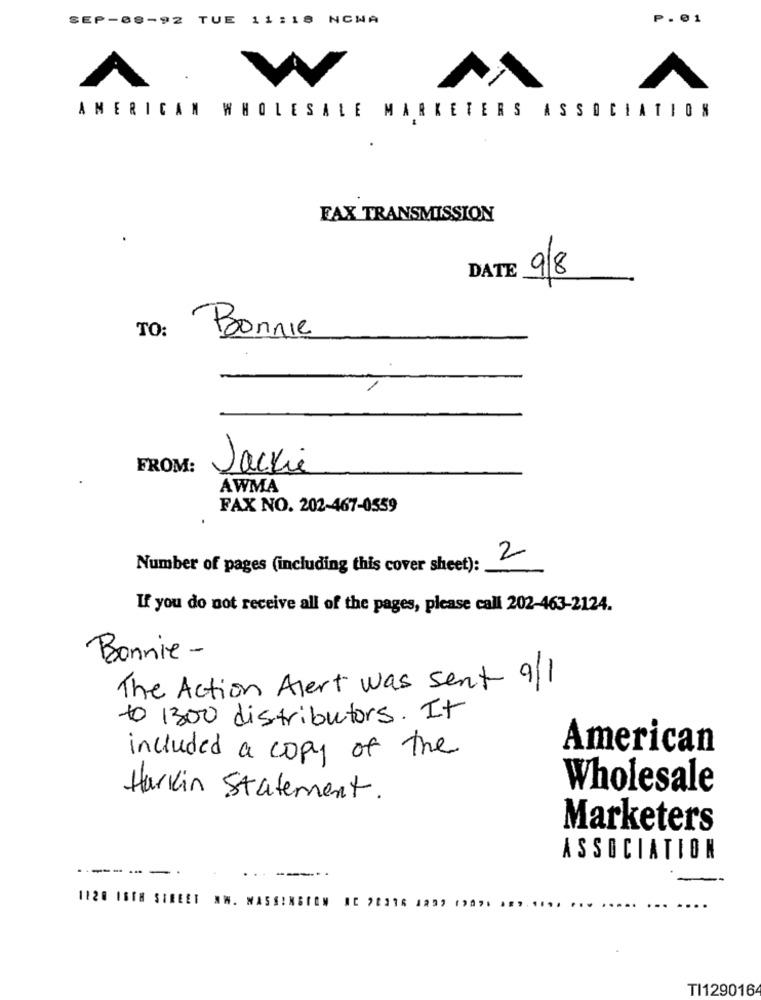
EP-69-92
TUE 11:18 NCWA
P. 01
V
AMERICAN WHOLESALE MARKETERS ASSOCIATION
FAX TRANSMISSION
DATE
9/8
TO:
Bonnie
FROM:
Jackie
AWMA
FAX NO. 202-467-0559
2
Number of pages (including this cover sheet):
If you do not receive all of the pages, please call 202-463-2124.
Bonnie -
The Action Alert was sent 9/1
+ 1300 distributors. It
American
included a copy of the
Wholesale
Harkin Statement.
Marketers
ASSOCIATION
------
1120 ISTH STREET NW. WASSINGTON NC 20216 1299 1987. ........
TI129016